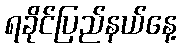
ရခိုင်ပြည်နယ်နေ့